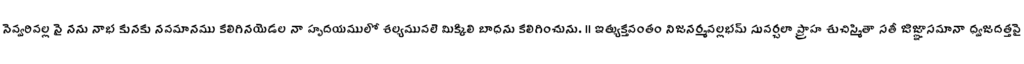
నెవ్వరివల్ల నై నను నాభ కునకు నవమానము కలిగినయెడల నా హృదయములో శల్యమువలె మిక్కిలి బాధను కలిగించును. ॥ ఇత్యుక్తవంతం నిజనర్మవల్లభమ్ సువర్చలా ప్ర్రాహ శుచిస్మితా సతీ జిజ్ఞాసమానా ధ్వజదత్తవై